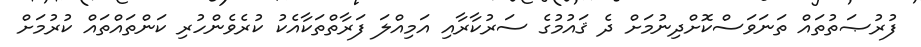
ފުރުޞަތުތައް ތަނަވަސްކޮށްދިނުމަށް ދެ ޤައުމުގެ ސަރުކާރާއި އަމިއްލަ ފަރާތްތަކާއެކު ކުރެވެންހުރި ކަންތައްތައް ކުރުމަށް